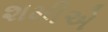
શમીએ